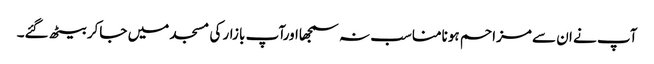
آپ نے ان سے مزاحم ہونامناسب نہ سمجھااورآپ بازار کی مسجد میں جاکر بیٹھ گئے۔